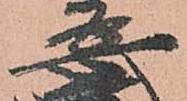
安